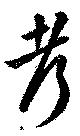
考